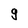
Character: 9